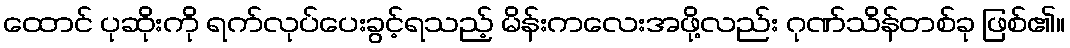
ထောင် ပုဆိုးကို ရက်လုပ်ပေးခွင့်ရသည့် မိန်းကလေးအဖို့လည်း ဂုဏ်သိန်တစ်ခု ဖြစ်၏။